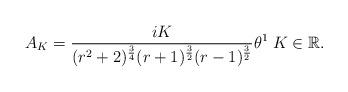
LaTeX: \begin{align*}A_{K}=\frac{iK}{(r^{2}+2)^{\frac{3}{4}}(r+1)^{\frac{3}{2}}(r-1)^{\frac{3}{2}}}\theta^{1}\;K\in\mathbb{R}.\end{align*}